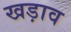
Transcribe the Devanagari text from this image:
खड़ाव